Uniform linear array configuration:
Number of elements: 8
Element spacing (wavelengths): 0.25
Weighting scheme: uniform
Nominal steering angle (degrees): -45
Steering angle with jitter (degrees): -46.453
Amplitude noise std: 0.05
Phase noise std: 0.05

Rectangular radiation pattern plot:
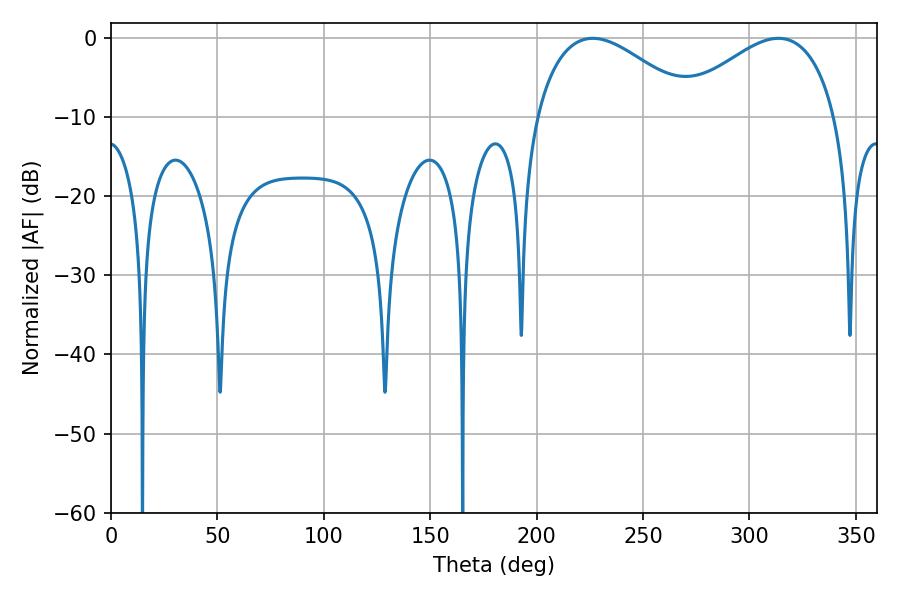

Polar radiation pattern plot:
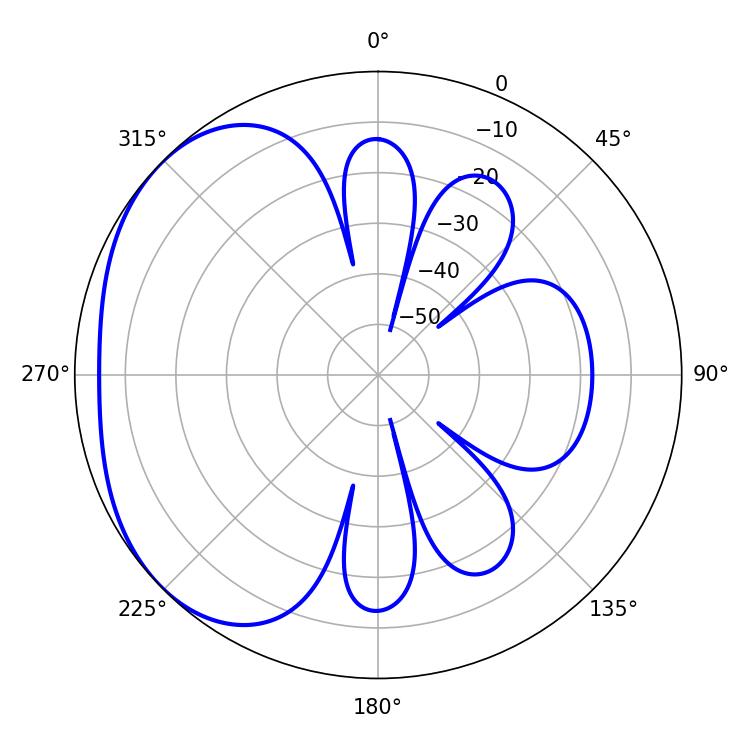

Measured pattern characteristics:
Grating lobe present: FALSE
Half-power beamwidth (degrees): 41.04
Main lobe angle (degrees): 313.56